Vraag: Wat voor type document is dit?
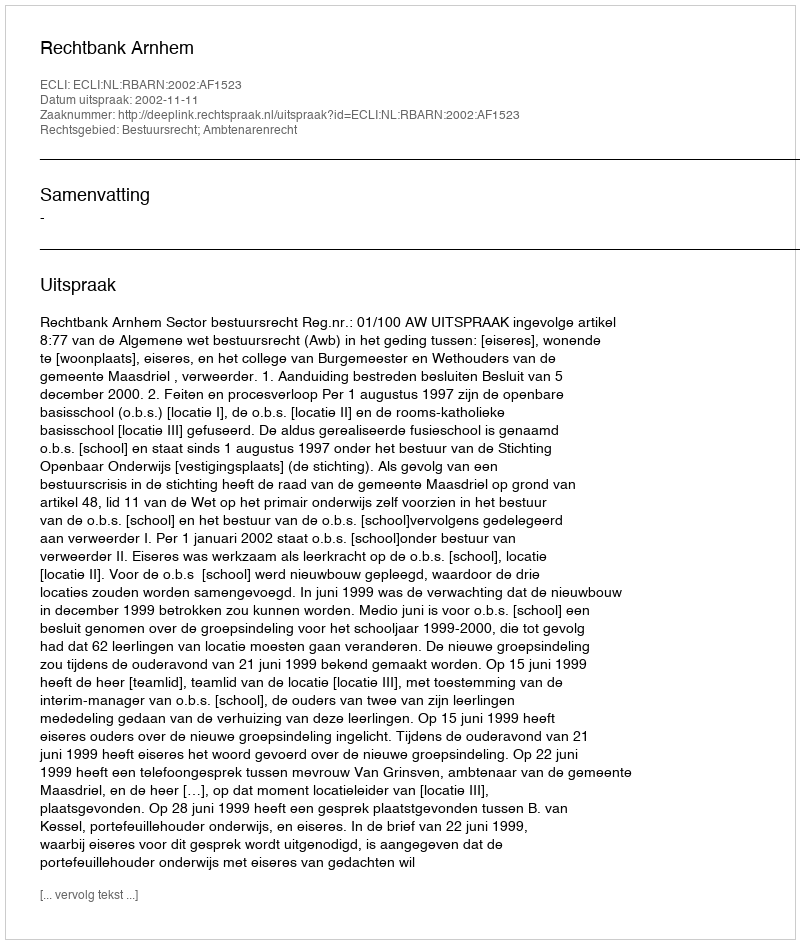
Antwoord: Uitspraak